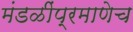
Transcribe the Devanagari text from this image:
मंडळींप्रमाणेच